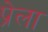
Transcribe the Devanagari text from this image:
प्रेला